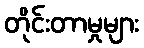
တိုင်းတာမှုများ